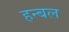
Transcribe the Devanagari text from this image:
हन्बल